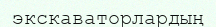
экскаваторлардың